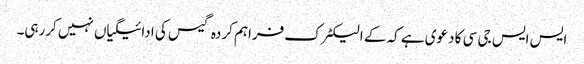
ایس ایس جی سی کا دعوی ہے کہ کے الیکٹرک فراہم کردہ گیس کی ادائیگیاں نہیں کررہی۔